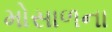
મોસાળના